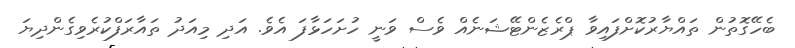
ބެހޭގޮތުން ތައްޔާރުކޮށްފައިވާ ޕްރެޒެންޓޭޝަނެއް ވެސް ވަނީ ހުށަހަޅާފަ އެވެ. އަދި މިއަދު ތައާރަފްކުރެވިގެންދިޔަ